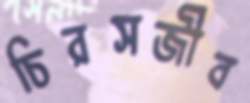
চিরসজীব